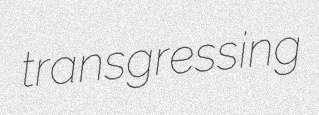
transgressing